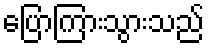
ပြောကြားသွားသည်